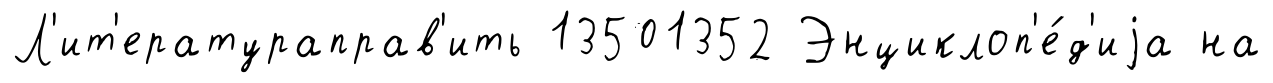
Л'ит'ератураправ'ить 13501352 Энциклоп'е́д'иjа на